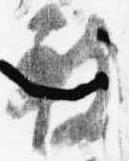
被